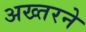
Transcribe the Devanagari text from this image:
अख्तरने